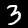
Label: 3